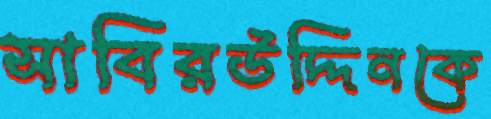
সাবিরউদ্দিনকে